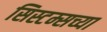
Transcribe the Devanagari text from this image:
सिस्टम्सच्या